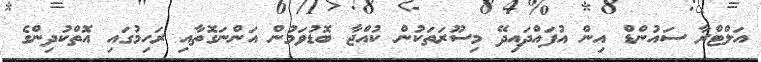
އަލްޓްރާ ސައުންޑް އިން އުފައްދައިދޭ މިސޫރަތަކުން ކުއްޖާ ބޮޑުވަމުން އަންނަގޮތާއި ރަހިމުގައި އޮތްކުދިންގެ